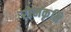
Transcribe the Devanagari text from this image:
रोमकृमि